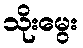
သိုးမွေး